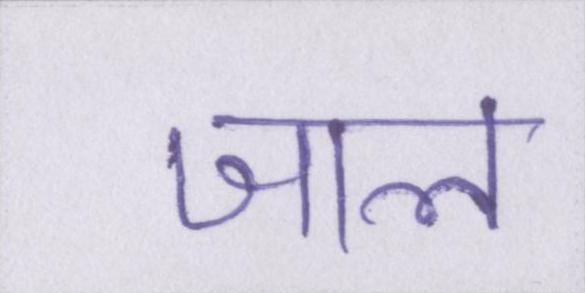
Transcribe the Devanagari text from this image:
जाल